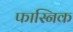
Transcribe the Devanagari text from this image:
फास्निक